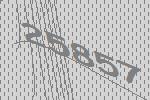
25857